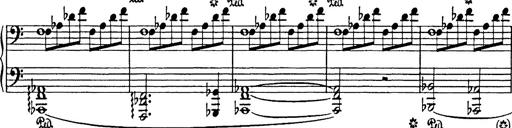
Title: In festo transfigurationis Domini nostri Jesu Christi
Composer: Franz Liszt